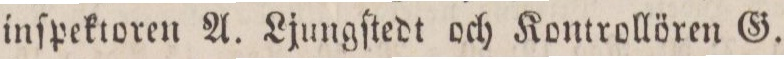
inſpektoren A. Ljungſtedt och Kontrollören G.